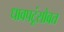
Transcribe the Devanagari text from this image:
धावपटूंसोबत